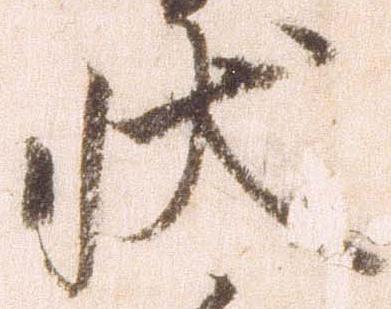
状